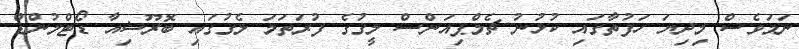
ނަމަވެސް މިދިޔަ ހަފުތާގައި ކުޅުނު ޗެމްޕިއަންސް ލީގުގެ ފުރަތަމަ ލެގުގައި ބޮރޫޝިއާ ޑޯޓްމުންޑް